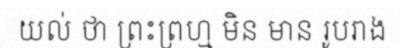
យល់ ថា ព្រះព្រហ្ម មិន មាន រូបរាង